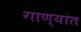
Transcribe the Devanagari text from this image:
गाण्यांत